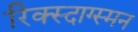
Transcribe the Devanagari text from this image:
रिक्स्दाग्स्मन